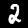
Digit: 2